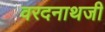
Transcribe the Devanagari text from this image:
वरदनाथजी